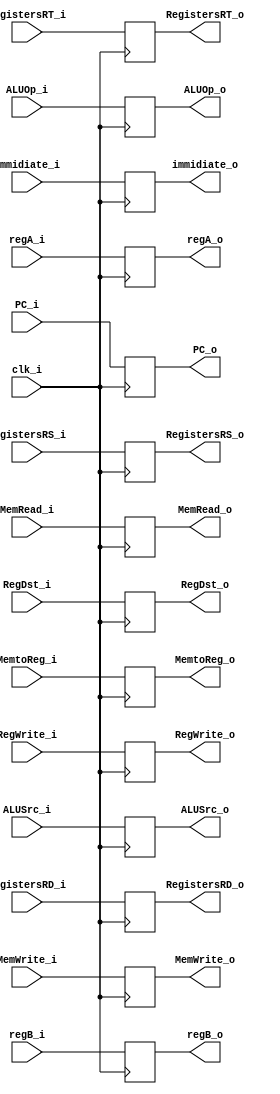
module ID_EX(
    clk_i,
    regA_i,//data in register
    regB_i,//data in register
    PC_i,
    RegDst_i,//control signal
    ALUOp_i, 
    ALUSrc_i,
    RegWrite_i,
    MemtoReg_i,
    MemWrite_i,
    MemRead_i,
    RegistersRS_i,  //5bits instruction
    RegistersRT_i,  //5bits instruction
    RegistersRD_i, //5bits instruction
    immidiate_i, //immidiate value
    regA_o,
    regB_o,
    PC_o,
    RegDst_o,
    ALUOp_o, 
    ALUSrc_o,
    RegWrite_o,
    MemtoReg_o,
    MemWrite_o,
    MemRead_o,
    RegistersRS_o,
    RegistersRT_o,
    RegistersRD_o,
    immidiate_o 
);

input clk_i;
input [31:0] regA_i, regB_i, PC_i;
//control signal
input [1:0] ALUOp_i;
input RegDst_i, ALUSrc_i, RegWrite_i, MemtoReg_i, MemWrite_i, MemRead_i;
//5bits instruction
input [4:0] RegistersRD_i, RegistersRS_i, RegistersRT_i;
input [31:0] immidiate_i;

output [31:0] regA_o, regB_o, PC_o;
output [1:0] ALUOp_o;
//control signal
output RegDst_o, ALUSrc_o, RegWrite_o, MemtoReg_o, MemWrite_o, MemRead_o;
//5bits instruction
output [4:0] RegistersRD_o, RegistersRS_o, RegistersRT_o;
output [31:0] immidiate_o;
reg regA_o, regB_o, PC_o, RegDst_o, ALUOp_o, ALUSrc_o, RegWrite_o, MemtoReg_o, MemWrite_o, MemRead_o, RegistersRD_o, RegistersRS_o, RegistersRT_o, immidiate_o;

always@(posedge clk_i)
begin
  regA_o <= regA_i;
  regB_o <= regB_i;
  PC_o <= PC_i;
  RegDst_o <= RegDst_i;
  ALUOp_o <= ALUOp_i;
  ALUSrc_o <= ALUSrc_i;
  RegWrite_o <= RegWrite_i;
  MemtoReg_o <= MemtoReg_i;
  MemWrite_o <= MemWrite_i;
  MemRead_o <= MemRead_i;
  RegistersRD_o <= RegistersRD_i;
  RegistersRS_o <= RegistersRS_i;
  RegistersRT_o <= RegistersRT_i;
  immidiate_o <= immidiate_i;
end

endmodule